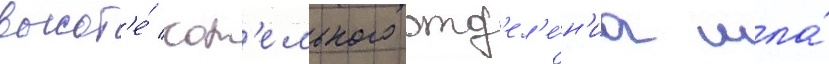
высот'е́ кот'ельного отд'ел'е́н'иа шла́